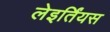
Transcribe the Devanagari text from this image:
लेइर्तिंयस